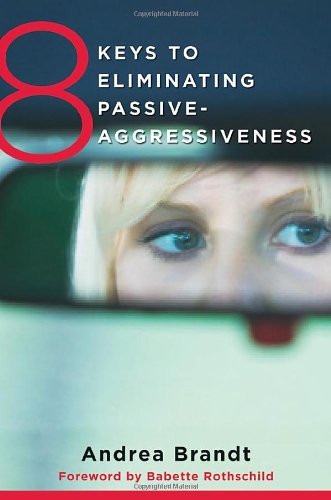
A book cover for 8 Keys to Eliminating Passive-Aggressiveness (8 Keys to Mental Health); Andrea Brandt; Self-Help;